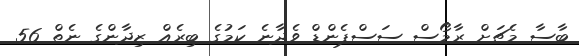
ބާސާ މެޗަށް ރާމޯސް ސަސްޕެންޑް ވެދާނެ ކަމުގެ ބިރެއް ޒިދާންގެ ނެތް 56